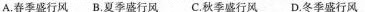
A.春季盛行风 B.夏季盛行风 C.秋季成行风 D.冬季盛行风